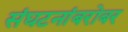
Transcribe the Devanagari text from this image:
संघटनांबरोबर